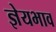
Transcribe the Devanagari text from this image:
ज्ञेयभाव